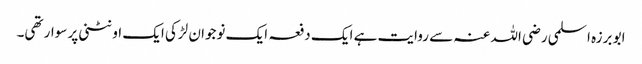
ابو برزہ اسلمی رضی اللہ عنہ سے روایت ہے ایک دفعہ ایک نوجوان لڑکی ایک اونٹنی پر سوار تھی۔